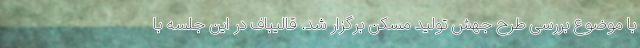
با موضوع بررسی طرح جهش تولید مسکن برگزار شد. قالیباف در این جلسه با